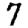
Digit: 7